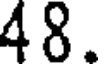
48.